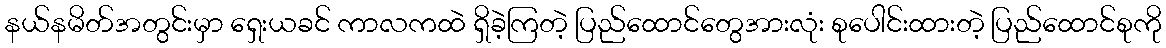
နယ်နမိတ်အတွင်းမှာ ရှေးယခင် ကာလကထဲ ရှိခဲ့ကြတဲ့ ပြည်ထောင်တွေအားလုံး စုပေါင်းထားတဲ့ ပြည်ထောင်စုကို